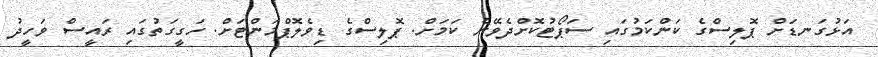
އަޅުގަނޑަށް ޕޮލިސްގެ ކަންކަމުގައި ސަޕޯޓުކޮށްދެވޭނެ ކަމަށް. ޕޮލިސްގެ ޑިވެލޮޕްމަންޓަށް. ހަގީގަތުގައި ރައީސް ވަހީދު